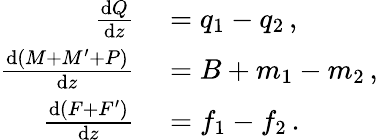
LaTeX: \begin{array}{rl}{\frac{\textnormal{d}Q}{\textnormal{d}z}}&{{}=q_{1}-q_{2}\, ,}\\ {\frac{\textnormal{d}(M+M^{\prime}+P)}{\textnormal{d}z}}&{{}=B+m_{1}-m_{2}\, ,}\\ {\frac{\textnormal{d}(F+F^{\prime})}{\textnormal{d}z}}&{{}=f_{1}-f_{2}\, .}\end{array}